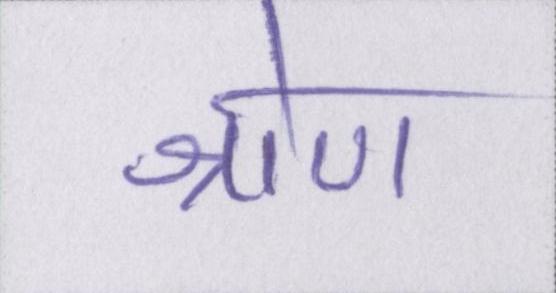
श्रोण